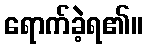
ရောက်ခဲ့ရ၏။